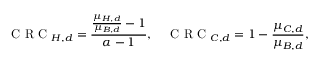
\mathrm { ~ C ~ R ~ C ~ } _ { H , d } = \frac { \frac { \mu _ { H , d } } { \mu _ { B , d } } - 1 } { \alpha - 1 } , \quad \mathrm { ~ C ~ R ~ C ~ } _ { C , d } = 1 - \frac { \mu _ { C , d } } { \mu _ { B , d } } ,